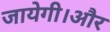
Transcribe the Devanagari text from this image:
जायेगी।और